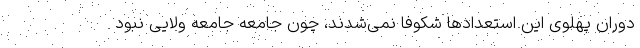
دوران پهلوی این استعدادها شکوفا نمی‌شدند، چون جامعه جامعه ولایی نبود